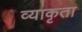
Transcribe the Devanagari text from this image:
व्याकृता